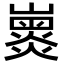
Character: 𡽽